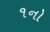
૧નો